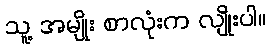
သူ့ အမျိုး စာလုံးက လျိုးပါ။